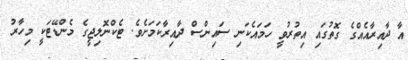
އާ ދާއިރާއެއްގެ ގޮތުގައި އިތުރުވީ ހަމައެކަނި ސައިންސް ދާއިރާކަމަށެވެ. ޓެކްނޮލިޖީގެ މެންޑޭޓަކީ މިހާރު